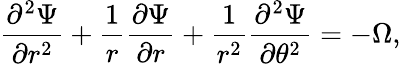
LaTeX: \frac{\partial^{2}\Psi}{\partial r^{2}}+\frac{1}{r}\frac{\partial\Psi}{\partial r}+\frac{1}{r^{2}}\frac{\partial^{2}\Psi}{\partial\theta^{2}}=-\Omega,